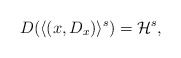
\begin{align*}D(\langle (x,D_x) \rangle^s)=\mathcal{H}^s,\end{align*}